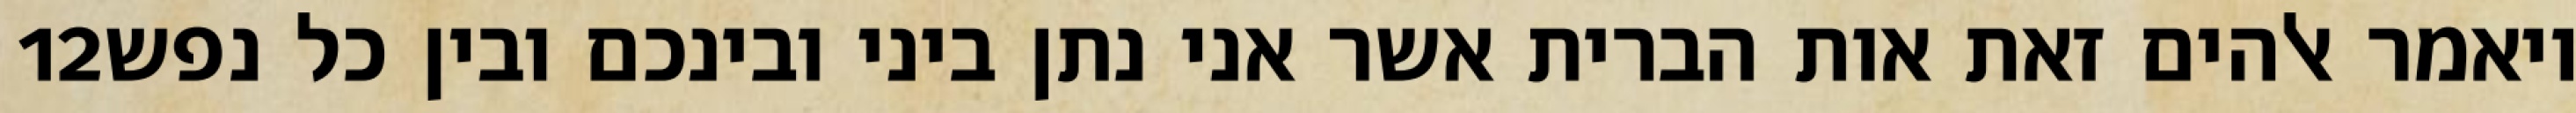
‎12‏ ויאמר אלהים זאת אות הברית אשר אני נתן ביני ובינכם ובין כל נפש